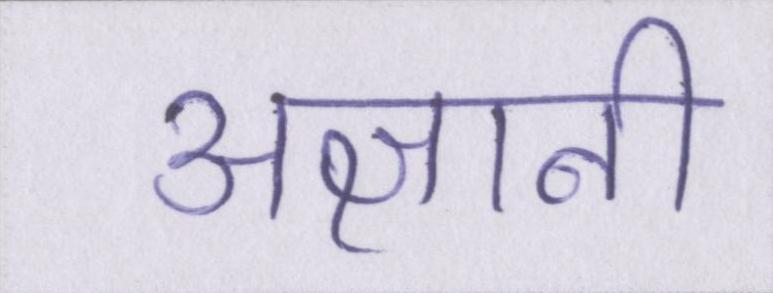
अज्ञानी